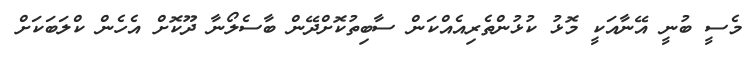
މެސީ ބުނީ އޭނާއަކީ މޮޅު ކުޅުންތެރިއެއްކަން ސާބިތުކޮށްދޭން ބާސެލޯނާ ދޫކޮށް އެހެން ކްލަބަކަށް